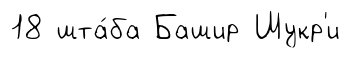
18 шта́ба Башир Шукр'и